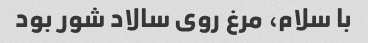
با سلام، مرغ روی سالاد شور بود